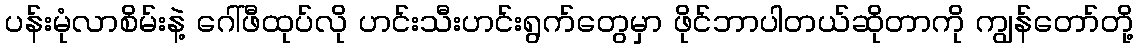
ပန်းမုံလာစိမ်းနဲ့ ဂေါ်ဖီထုပ်လို ဟင်းသီးဟင်းရွက်တွေမှာ ဖိုင်ဘာပါတယ်ဆိုတာကို ကျွန်တော်တို့